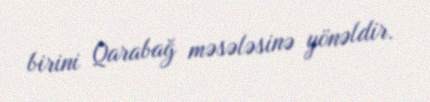
birini Qarabağ məsələsinə yönəldir.